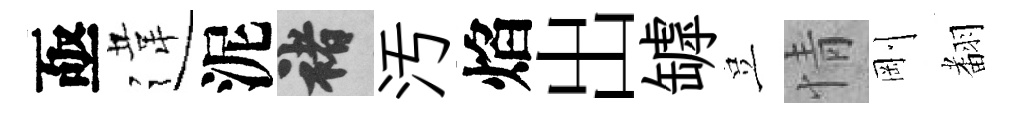
亟違泥褚汚焰出罅豈情剛𮋒